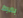
بضبط